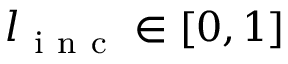
l _ { \mathrm { ~ i ~ n ~ c ~ } } \in [ 0 , 1 ]